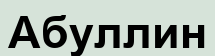
Абуллин